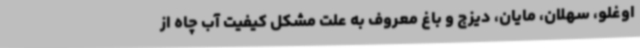
اوغلو، سهلان، مایان، دیزج و باغ معروف به علت مشکل کیفیت آب چاه از